Report of the Bombay Veterinary College
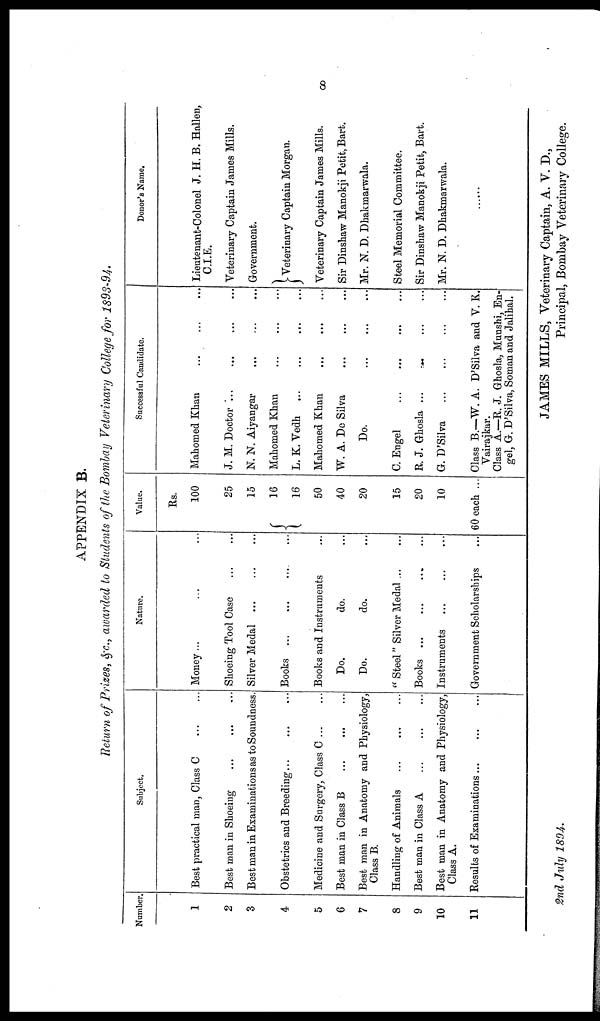
8
APPENDIX B.
Return of Prizes, &c., awarded to Students of the Bombay Veterinary College for 1893-94.
Number.
1
2
3
4
5
6
7
8
9
10
11
Subject.
Best practical man, Class C
...
...
Best man in Shoeing
...
...
Best man in Examinations as to Soundness.
Obstetrics and Breeding...
...
...
Medicine and Surgery, Class C...
...
Best man in Class B
...
...
...
Best man in Anatomy and Physiology,
Class B.
Handling of Animals
... ... ...
Best man in Class A
...
...
...
Best man in Anatomy and Physiology,
Class A.
Results of Examinations...
...
...
Nature.
Money...
Shoeing Tool Case
...
...
Silver Medal
...
...
...
Books...
...
...
...
Books and Instruments
Do.
do.
Do.
do.
"Steel" Silver Medal... ...
Books ...
Instruments
...
...
...
Government Scholarships
Value.
Rs.
100
25
15
16
{ 16
50
40
20
15
20
10
60 each ...
Successful Candidate.
Mahomed Khan
...
...
J. M. Doctor ... ... ...
N. N. Aiyangar
...
...
...
Mahomed Khan
...
...
...
L. K.Vedh
...
...
...
Mahomed Khan
...
...
...
W. A. De Silva
...
...
...
Do.
...
...
...
C. Engel
...
...
...
R. J. Ghosla ...
...
...
...
G. D'Silva
...
...
...
...
Class B.—W. A. D'Silva and V. K.
Vairajkar.
Class A.—R. J. Ghosla, Munshi, En-
gel, G. D'Silva, Soman and Jalihal.
Donor's Name.
Lieutenant-Colonel J. H. B. Hallen,
C.I.E.
Veterinary Captain James Mills.
Government.
} Veterinary Captain Morgan.
Veterinary Captain James Mills.
Sir Dinshaw Manokji Petit, Bart.
Mr. N. D. Dhakmarwala.
Steel Memorial Committee.
Sir Dinshaw Manokji Petit, Bart.
Mr. N. D. Dhakmarwala.
JAMES MILLS, Veterinary Captain, A. V. D.,
2nd July
1894.
Principal, Bombay Veterinary College.